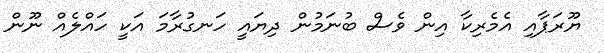
ޔޫރަޕާއި އެމެރިކާ އިން ވެސް ބުނަމުން ދިޔައީ ހަނގުރާމަ އަކީ ހައްލެއް ނޫން